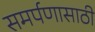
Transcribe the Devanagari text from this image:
समर्पणासाठी